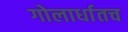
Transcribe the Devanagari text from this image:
गोलार्धातच